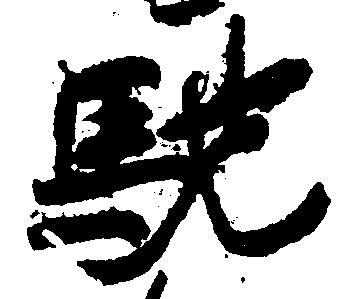
馳